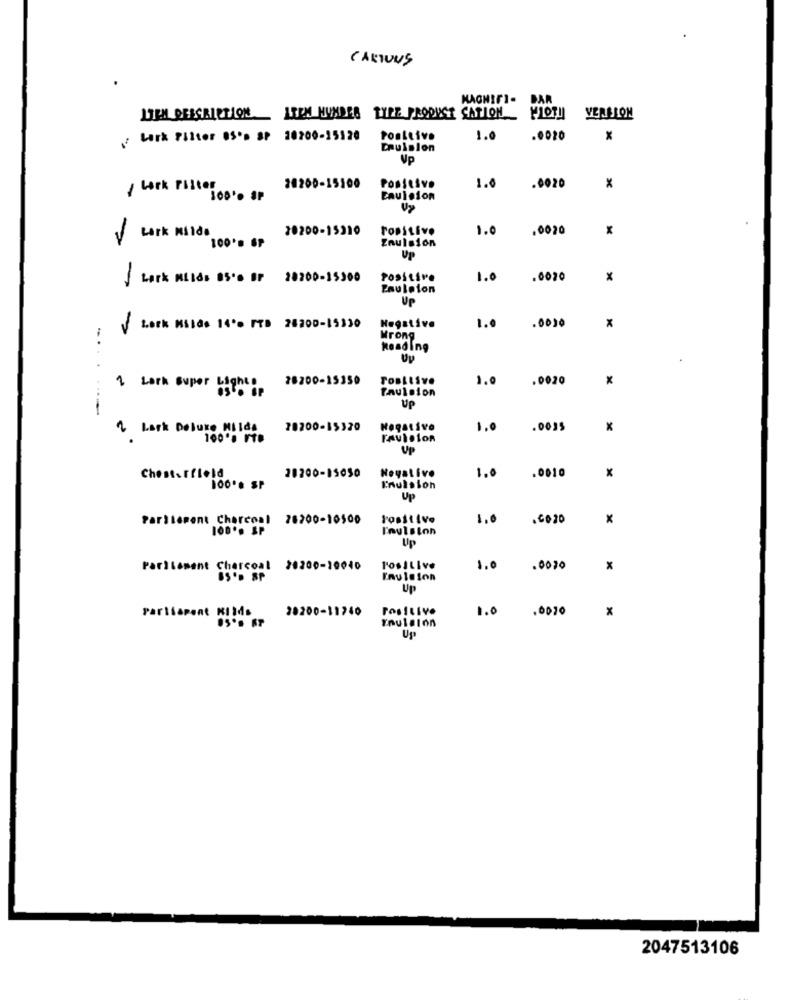
CARTONS
MAGNIFI.
BAR
13EM DEISBIRTION AREM HUNDES TYPE PROOUSE CATION
VERSION
Lark Filter OS'D SP 20200-35120
Positivo
1.0
.0020
Emulsion
Vp
1.0
/ Lerk Filter
20200-15100
Positivo
.0020
Eauleion
10200-15310
Positivo
1.0
.0020
Lark Milde
100* 6P
Enulsion
Up
Lark Milds 85' BF 20200-15300
Positive
1.0
.0070
Enuleton
UP
1.0
.0030
x
Lock Milde 14'> FTB 28200-15330
Negative
Wrong
Reading
28200-15350
1.0
.0020
x
1 Loth super bgb OF
Pauloion
Up
.........
2 Lark Deluxe Milds
78200-15320
Negative
1.0
.0015
x
1000 FT.
FAvision
Up
Negative
.0010
x
Chesterfield
20200-15050
1.0
Enulsion
Up
Pariterent Charcoal
28200-10500
1,0
.2020
x
I'mulsion
Up
Parliament Charcoal
20300-10040
PosILive
1.0
.0070
X
Emulsion
Up
28200-11740
1.0
.0070
Up
2047513106